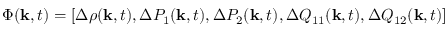
\Phi ( { \bf k } , t ) = [ \Delta \rho ( { \bf k } , t ) , \Delta P _ { 1 } ( { \bf k } , t ) , \Delta P _ { 2 } ( { \bf k } , t ) , \Delta Q _ { 1 1 } ( { \bf k } , t ) , \Delta Q _ { 1 2 } ( { \bf k } , t ) ]